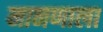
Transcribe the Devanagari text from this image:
मानणाला